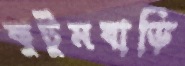
কুটুমবাড়ি